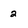
Character: 2